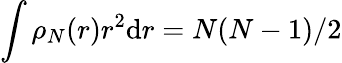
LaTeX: \int\rho_{N}(r)r^{2}\mathrm{d}r=N(N-1)/2